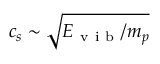
c _ { s } \sim \sqrt { E _ { \mathrm { ~ v ~ i ~ b ~ } } / m _ { p } }